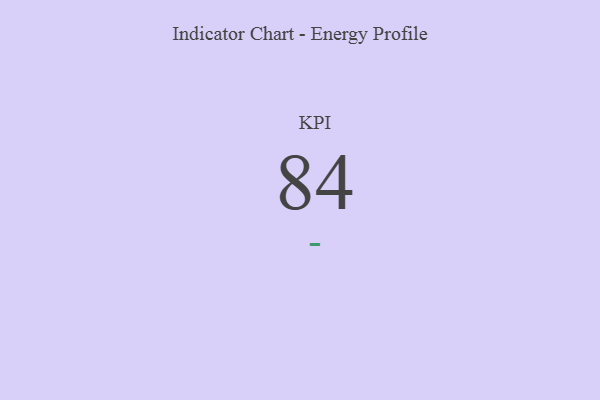
{"axis": {"x": "KPI", "y": "Value"}, "legend": [""], "data": [{"x": "KPI", "y": 84, "type": ""}]}